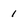
Character: 1